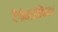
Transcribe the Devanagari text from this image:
टैंगोमारक्किनाट